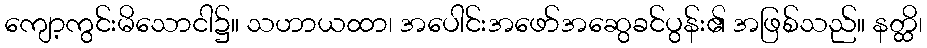
ကျော့ကွင်းမိသောငါ၌။ သဟာယထာ၊ အပေါင်းအဖော်အဆွေခင်ပွန်း၏ အဖြစ်သည်။ နတ္ထိ၊